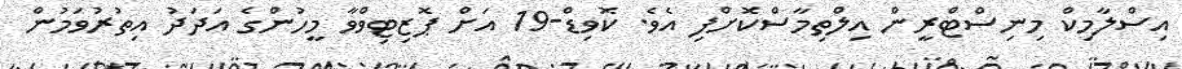
އިސްލާމިކް މިނިސްޓްރީން އިލްތިމާސްކޮށްފި އެވެ. ކޮވިޑް-19 އަށް ޕޮޒިޓިވްވާ މީހުންގެ އަދަދު އިތުރުވަމުން